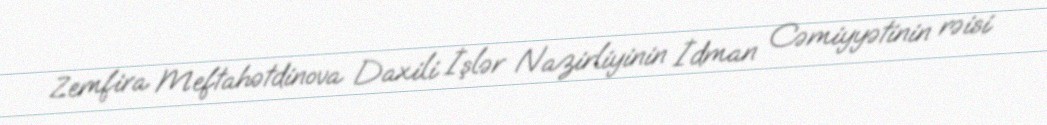
Zemfira Meftahətdinova Daxili İşlər Nazirliyinin İdman Cəmiyyətinin rəisi